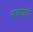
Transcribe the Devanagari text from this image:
लवणांची